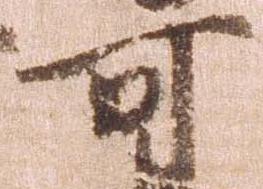
可